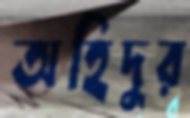
অহিদুর